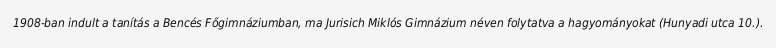
1908-ban indult a tanítás a Bencés Főgimnáziumban, ma Jurisich Miklós Gimnázium néven folytatva a hagyományokat (Hunyadi utca 10.).